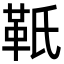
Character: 𩉬